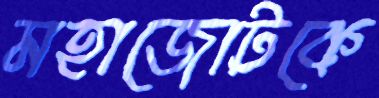
মহাজোটকে